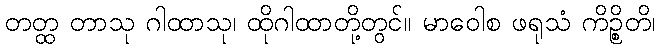
တတ္ထ တာသု ဂါထာသု၊ ထိုဂါထာတို့တွင်။ မာဝေါစ ဖရုသံ ကိဉ္စိတိ၊